Punjab Mental Hospital Lahore 1932-46 - 1932-1946
Year: 1932
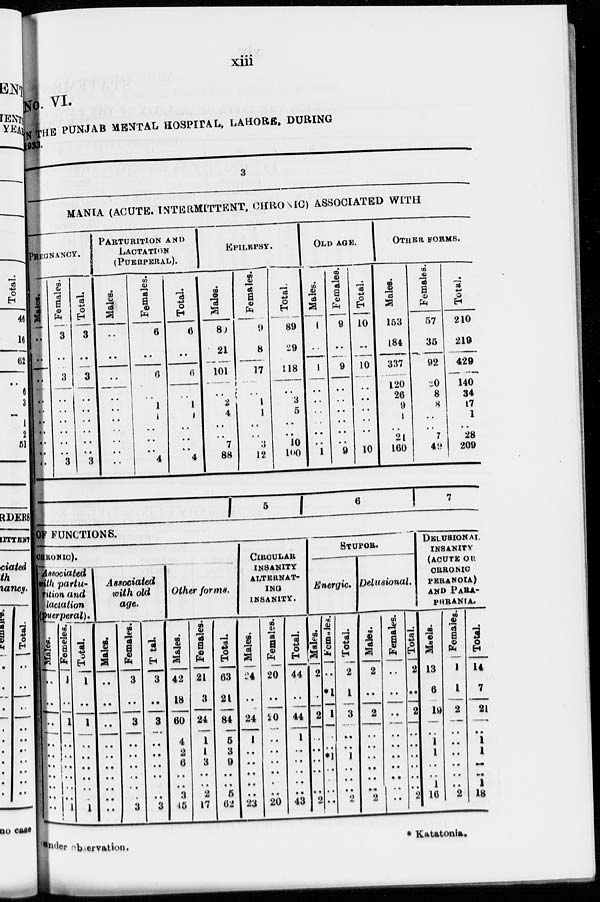
xiii
No. VI.
IN THE PUNJAB MENTAL HOSPITAL, LAHORE, DURING
1933.
3
MANIA (ACUTE, INTERMITTENT, CHRONIC) ASSOCIATED WITH
PREGNANCY.
Males.
..
..
..
..
..
..
..
..
..
..
Females.
3
..
3
..
..
..
..
..
..
3
Total
3
..
3
..
..
..
..
..
..
3
PARTURITION
AND
LACTATION
(PUERPERAL).
Males.
..
..
..
..
..
..
..
..
..
..
Females.
6
..
6
..
1
1
..
..
..
4
Total.
6
..
6
..
1
1
..
..
..
4
EPILEPSY.
Males.
80
21
101
..
2
4
..
.. 7
88
Females.
9
8
17
..
1
1
..
.. 3
12
Total.
89
29
118
..
3
5
..
..
10
100
OLD AGE .
Males.
1
..
1
..
..
..
..
..
..
1
Females.
9
..
9
..
..
..
..
..
..
9
Total.
10
..
10
..
..
..
..
..
..
10
OTHER
FORMS.
Males.
153
184
337
120
26
9
1
.. 21
160
Females.
57
35
92
20
8
8
..
.. 7
49
Total.
210
219
429
140
34
17
1
..
28
209
5
6
7
OF FUNCTIONS.
CHRONIC).
Associated
with partu-
rition and
lactation
(puerperal).
Males.
..
..
..
..
..
..
..
..
..
..
Femeles.
1
..
1
..
..
..
..
..
..
1
Total.
1
..
1
..
..
..
..
..
..
1
Associated
with old
age.
Males.
..
..
..
..
..
..
..
..
..
..
Females.
3
..
3
..
..
..
..
..
..
3
Total.
3
..
3
..
..
..
..
..
..
3
Other forms.
Mates.
42
18
60
4
2
6
..
..
3
45
Females.
21
3
24
1
1
3
..
..
2
17
Total.
63
21
84
5
3
9
..
..
5
62
CIRCULAR
INSANITY
ALTERNAT-
ING
INSANITY.
Males.
24
..
24
1
..
..
..
..
..
23
Females.
20
..
20
..
..
..
..
..
..
20
Total.
44
..
44
1
..
..
..
..
..
43
STUPOR.
Energic.
Males.
2
..
2
..
..
..
..
..
..
2
Females.
..
*1
1
..
..
*1
..
..
..
..
Total.
2
1
3
..
..
1
..
..
..
2
Delusional.
Males.
2
..
2
..
..
..
..
..
.. 2
Females.
..
..
..
..
..
..
..
..
..
..
Total.
2
..
2
..
..
..
..
..
..
2
DELUSIONAL
INSANITY
(ACUTE OR
CHRONIC
PERANOIA)
AND PARA-
PHEANIA.
Males.
13
6
19
..
1
1
..
..
1
16
Females.
1
1
2
..
..
..
..
..
..
2
Total.
14
7
21
..
1
1
..
.. 1
18
under observation.
*
Katatonia.